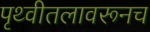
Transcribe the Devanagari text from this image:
पृथ्वीतलावरूनच